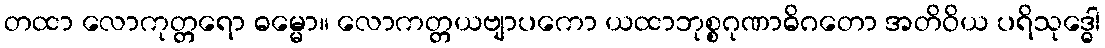
တထာ လောကုတ္တရော ဓမ္မော။ လောကတ္တယဗျာပကော ယထာဘုစ္စဂုဏာဓိဂတော အတိဝိယ ပရိသုဒ္ဓေါ